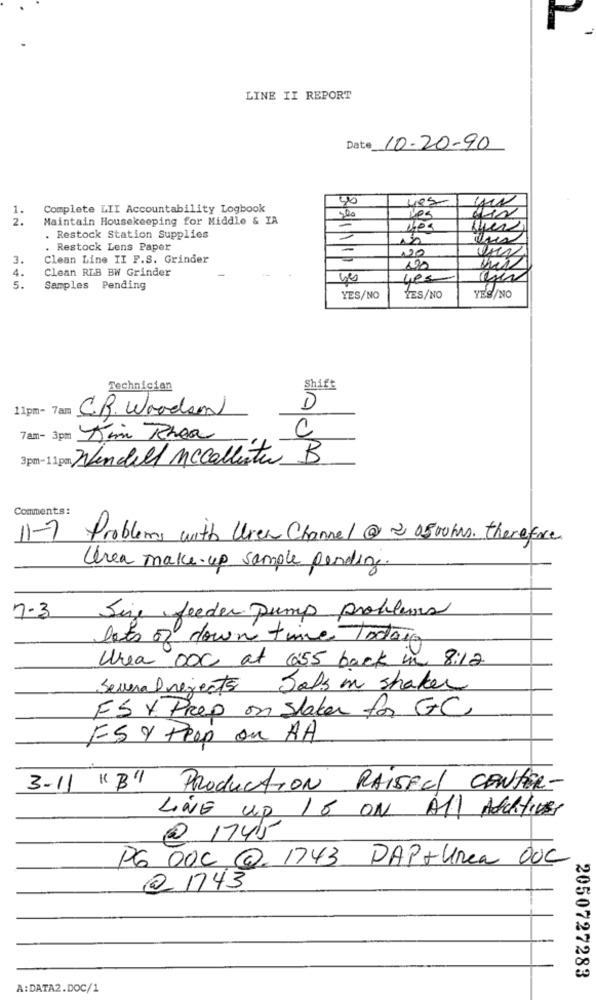
LINE II REPORT
Date 10-20-90
1.
Complete LII Accountability Logbook
2.
Maintain Housekeeping for Middle & IA
sper
. Restock Station Supplies
Restock Lens Paper
3.
Clean Line TI F.S. Grinder
331111
120
4.
Clean RLB BW Grinder
220
Les
5.
Samples Pending
YES/NO
YES/NO
YES/NO
Technician
Shift
11pm- 7am
C.B. Woodson
D
C
7an- 3pm Kim Rhoa
Wendell Mccalleste B
3pm- 1
Comments:
11-7 Problems with Uren Channel @ 2 0500mms. therefore
Unea make-up sample pending.
Sije feeder pump problems
7-3
lots of down time Today
Urea OOC at 6:55 back in 8:12
Several rejects Jobs in shaker
FS V. Prep on Staker for GC
F.S & Peep on AA
3-11
"B" Production RAISELL CENTER-
LINE up 18 ON ALL AchIVE
@ 1745
PG DOC @ 1743 PAP+Urea OUC
@ 1743
2050727283
A:DATA2.DOC/1